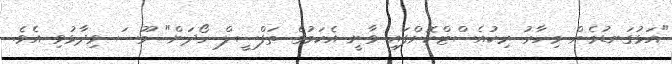
"އަޅުގަނޑުމެން މިހާރު ރިކުއެސްޓްކޮށްފައި ވާނީ އެކަމުގެ ތަފްސީލް ހޯދަން" މޫސަ ވިދާޅުވި އެވެ.